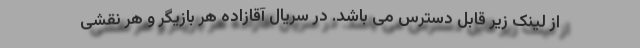
از لینک زیر قابل دسترس می باشد. در سریال آقازاده هر بازیگر و هر نقشی